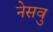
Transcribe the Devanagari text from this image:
नेसवु